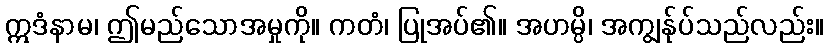
ဣဒံနာမ၊ ဤမည်သောအမှုကို။ ကတံ၊ ပြုအပ်၏။ အဟမ္ပိ၊ အကျွန်ုပ်သည်လည်း။